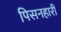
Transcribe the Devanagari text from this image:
पिसनहारी